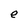
Character: e